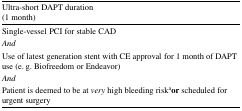
<table><thead><tr><td><b>Ultra-short DAPT duration(1 month)</b></td></tr></thead><tbody><tr><td>Single-vessel PCI for stable CAD</td></tr><tr><td><i>And</i></td></tr><tr><td>Use of latest generation stent with CE approval for 1 month of DAPT use (e. g. Biofreedom or Endeavor)</td></tr><tr><td><i>And</i></td></tr><tr><td>Patient is deemed to be at <i>very</i> high bleeding risk<sup>a</sup><b>or</b> scheduled for urgent surgery</td></tr></tbody></table>